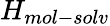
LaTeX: H_{mol-solv}